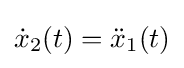
{\dot {x}}_{2}(t)={\ddot {x}}_{1}(t)